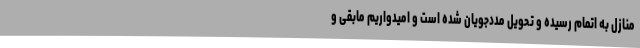
منازل به اتمام رسیده و تحویل مددجویان شده است و امیدواریم مابقی و